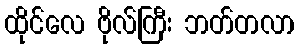
ထိုင်လေ ဗိုလ်ကြီး ဘတ်တလာ